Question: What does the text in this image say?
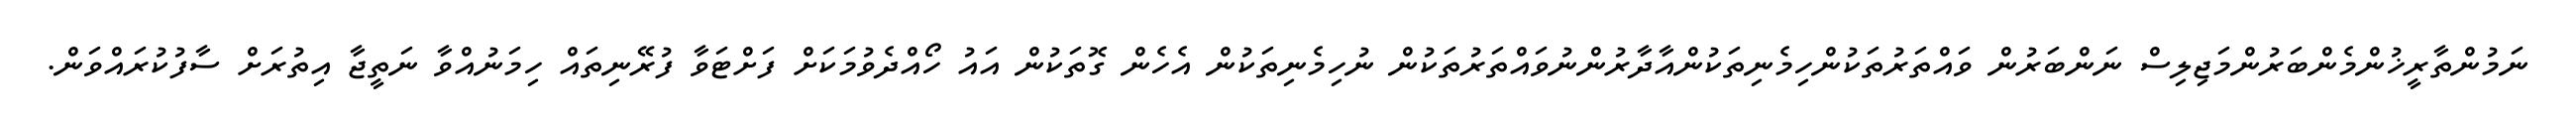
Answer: ނަމުންތާރީޚުންމެންބަރުންމަޖިލިސް ނަންބަރުން ވައްތަރުތަކުންހިމެނިތަކުންއާދާރުންނުވައްތަރުތަކުން ނުހިމެނިތަކުން އެހެން ގޮތަކުން އައު ހޯއްދެވުމަކަށް ފަށްޓަވާ ފުރޭނިތައް ހިމަނުއްވާ ނަތީޖާ އިތުރަށް ސާފުކުރައްވަން.